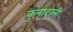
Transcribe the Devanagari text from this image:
कुनादाली